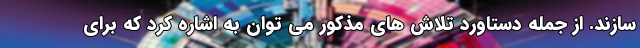
سازند. از جمله دستاورد تلاش های مذکور می توان به اشاره کرد که برای